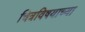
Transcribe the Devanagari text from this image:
चित्रविषयाच्या